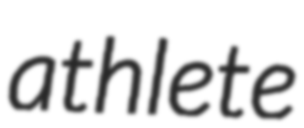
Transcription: athlete